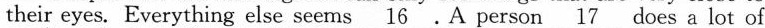
their eyes. Everything else seems \underline{16} A person \underline{17} does a lot of